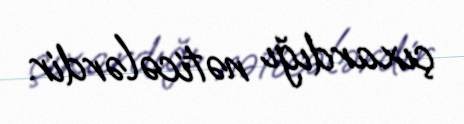
çıxardığı nəticələrdir.